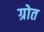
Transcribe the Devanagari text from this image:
ग्रोत